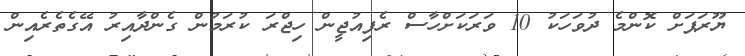
ޔޫރަޕަށް ކޮންމެ ދުވަހަކު 10 ވަރަކަށްހާސް ރެފިއުޖީން ހިޖްރަ ކުރަމުން ގެންދާއިރު އޭގެތެރެއިން